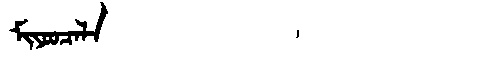
Manchu: ᠮᡳᠶᠣᠣᠴᠠᠯᠠ
Romanization: MIYOOCALA